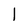
Character: l